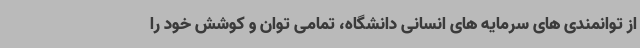
از توانمندی های سرمایه های انسانی دانشگاه، تمامی توان و کوشش خود را